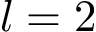
l = 2